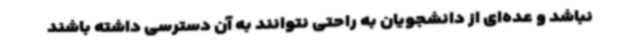
نباشد و عده‌ای از دانشجویان به راحتی نتوانند به آن دسترسی داشته باشند